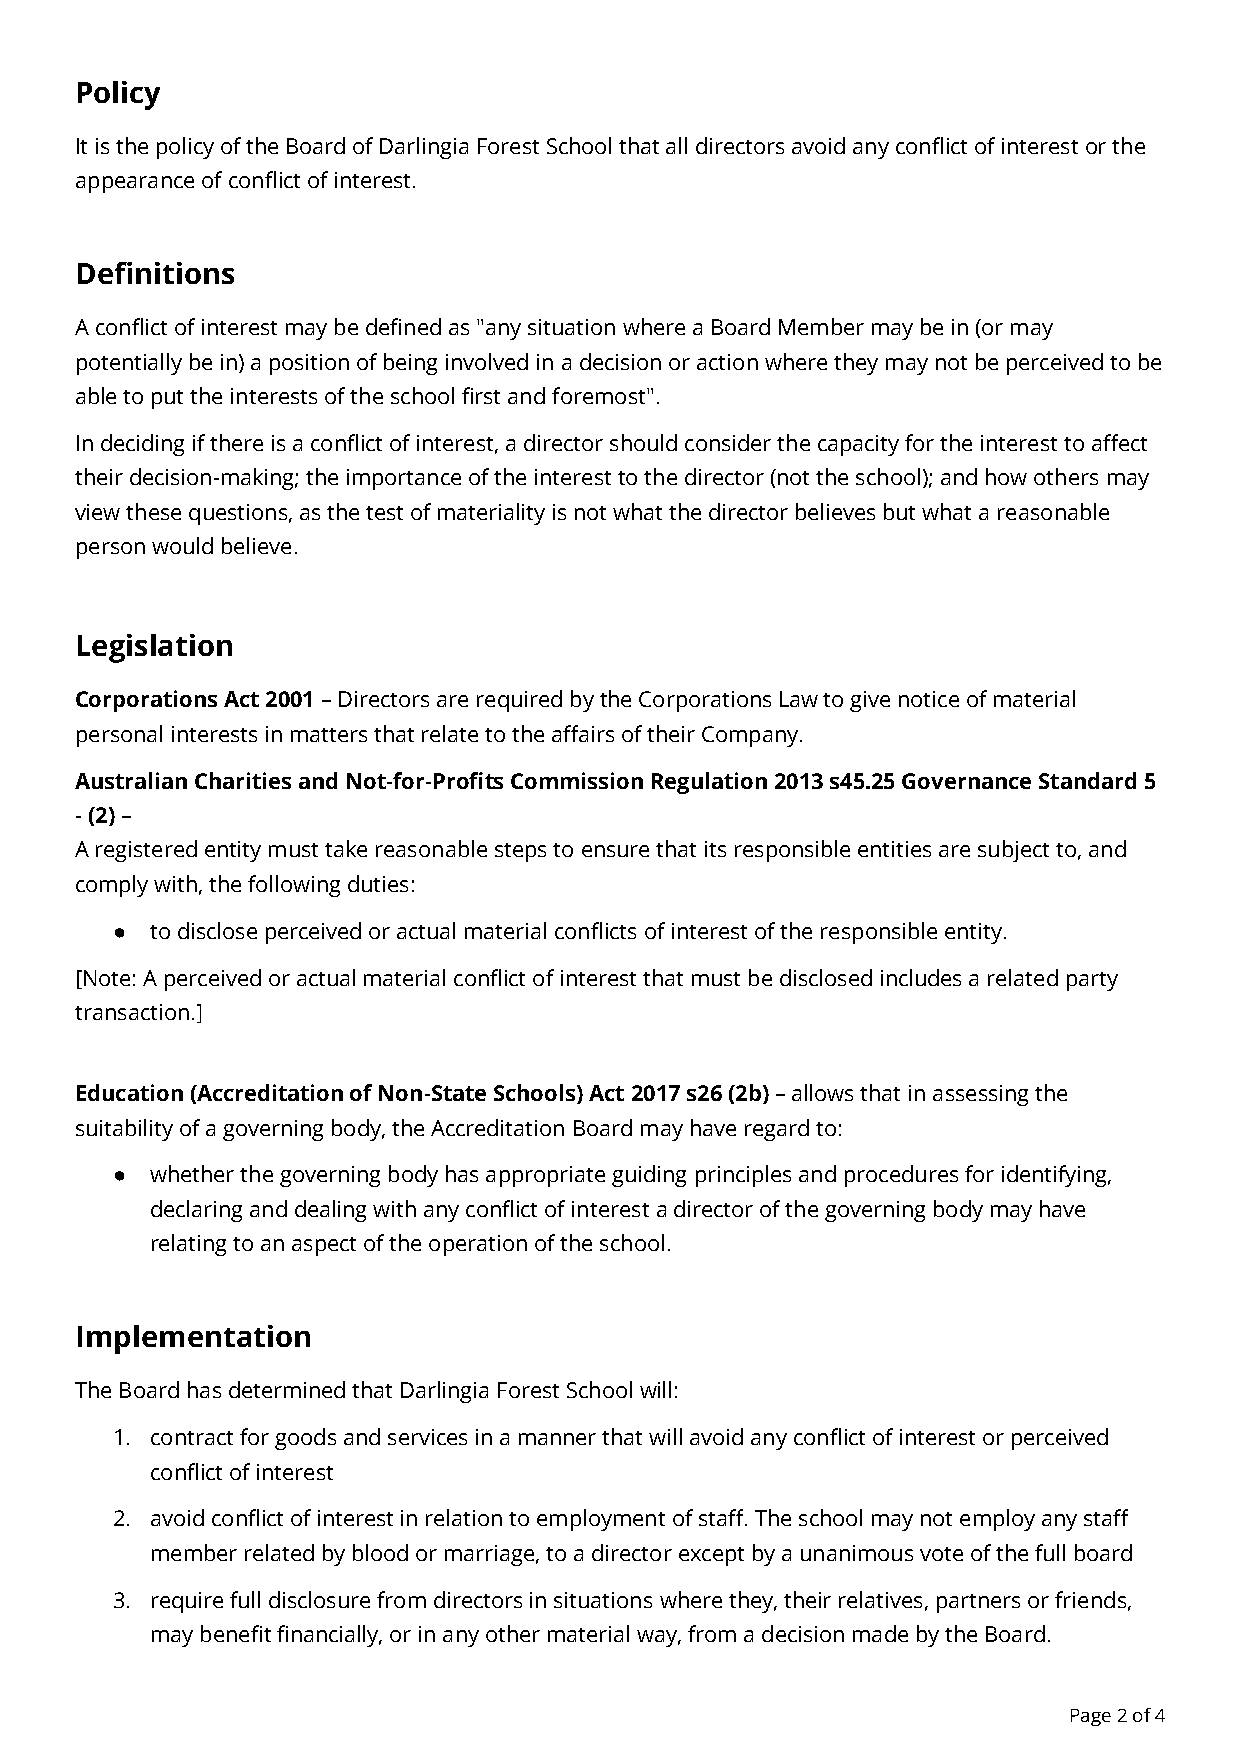
Policy
 It is the policy of the Board of Darlingia ForestSchool that all directors avoid any conflict of interestor the
 appearance of conflict of interest.
 Definitions
 A conflict of interest may be defined as "any situationwhere a Board Member may be in (or may
 potentially be in) a position of being involved ina decision or action where they may not be perceivedto be
 able to put the interests of the school first andforemost".
 In deciding if there is a conflict of interest, adirector should consider the capacity for the interestto affect
 their decision-making; the importance of the interestto the director (not the school); and how othersmay
 view these questions, as the test of materiality isnot what the director believes but what a reasonable
 person would believe.
 Legislation
 Corporations Act 2001– Directors are required bythe Corporations Law to give notice of material
 personal interests in matters that relate to the affairsof their Company.
 Australian Charities and Not-for-Profits CommissionRegulation 2013 s45.25 Governance Standard 5
 - (2)–
 A registered entity must take reasonable steps toensure that its responsible entities are subject to,and
 comply with, the following duties:
 ●  to disclose perceived or actual material conflictsof interest of the responsible entity.
 [Note: A perceived or actual material conflict ofinterest that must be disclosed includes a relatedparty
 transaction.]
 Education (Accreditation of Non-State Schools) Act2017 s26 (2b)– allows that in assessing the
 suitability of a governing body, the AccreditationBoard may have regard to:
 ●  whether the governing body has appropriate guidingprinciples and procedures for identifying,
 declaring and dealing with any conflict of interesta director of the governing body may have
 relating to an aspect of the operation of the school.
 Implementation
 The Board has determined that Darlingia Forest Schoolwill:
 1. contract for goods and services in a manner that willavoid any conflict of interest or perceived
 conflict of interest
 2. avoid conflict of interest in relation to employmentof staff. The school may not employ any staff
 member related by blood or marriage, to a directorexcept by a unanimous vote of the full board
 3. require full disclosure from directors in situationswhere they, their relatives, partners or friends,
 may benefit financially, or in any other materialway, from a decision made by the Board.
 Page2of4